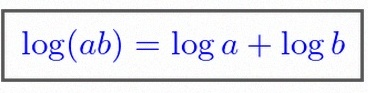
\log(ab)=\log a+\log b